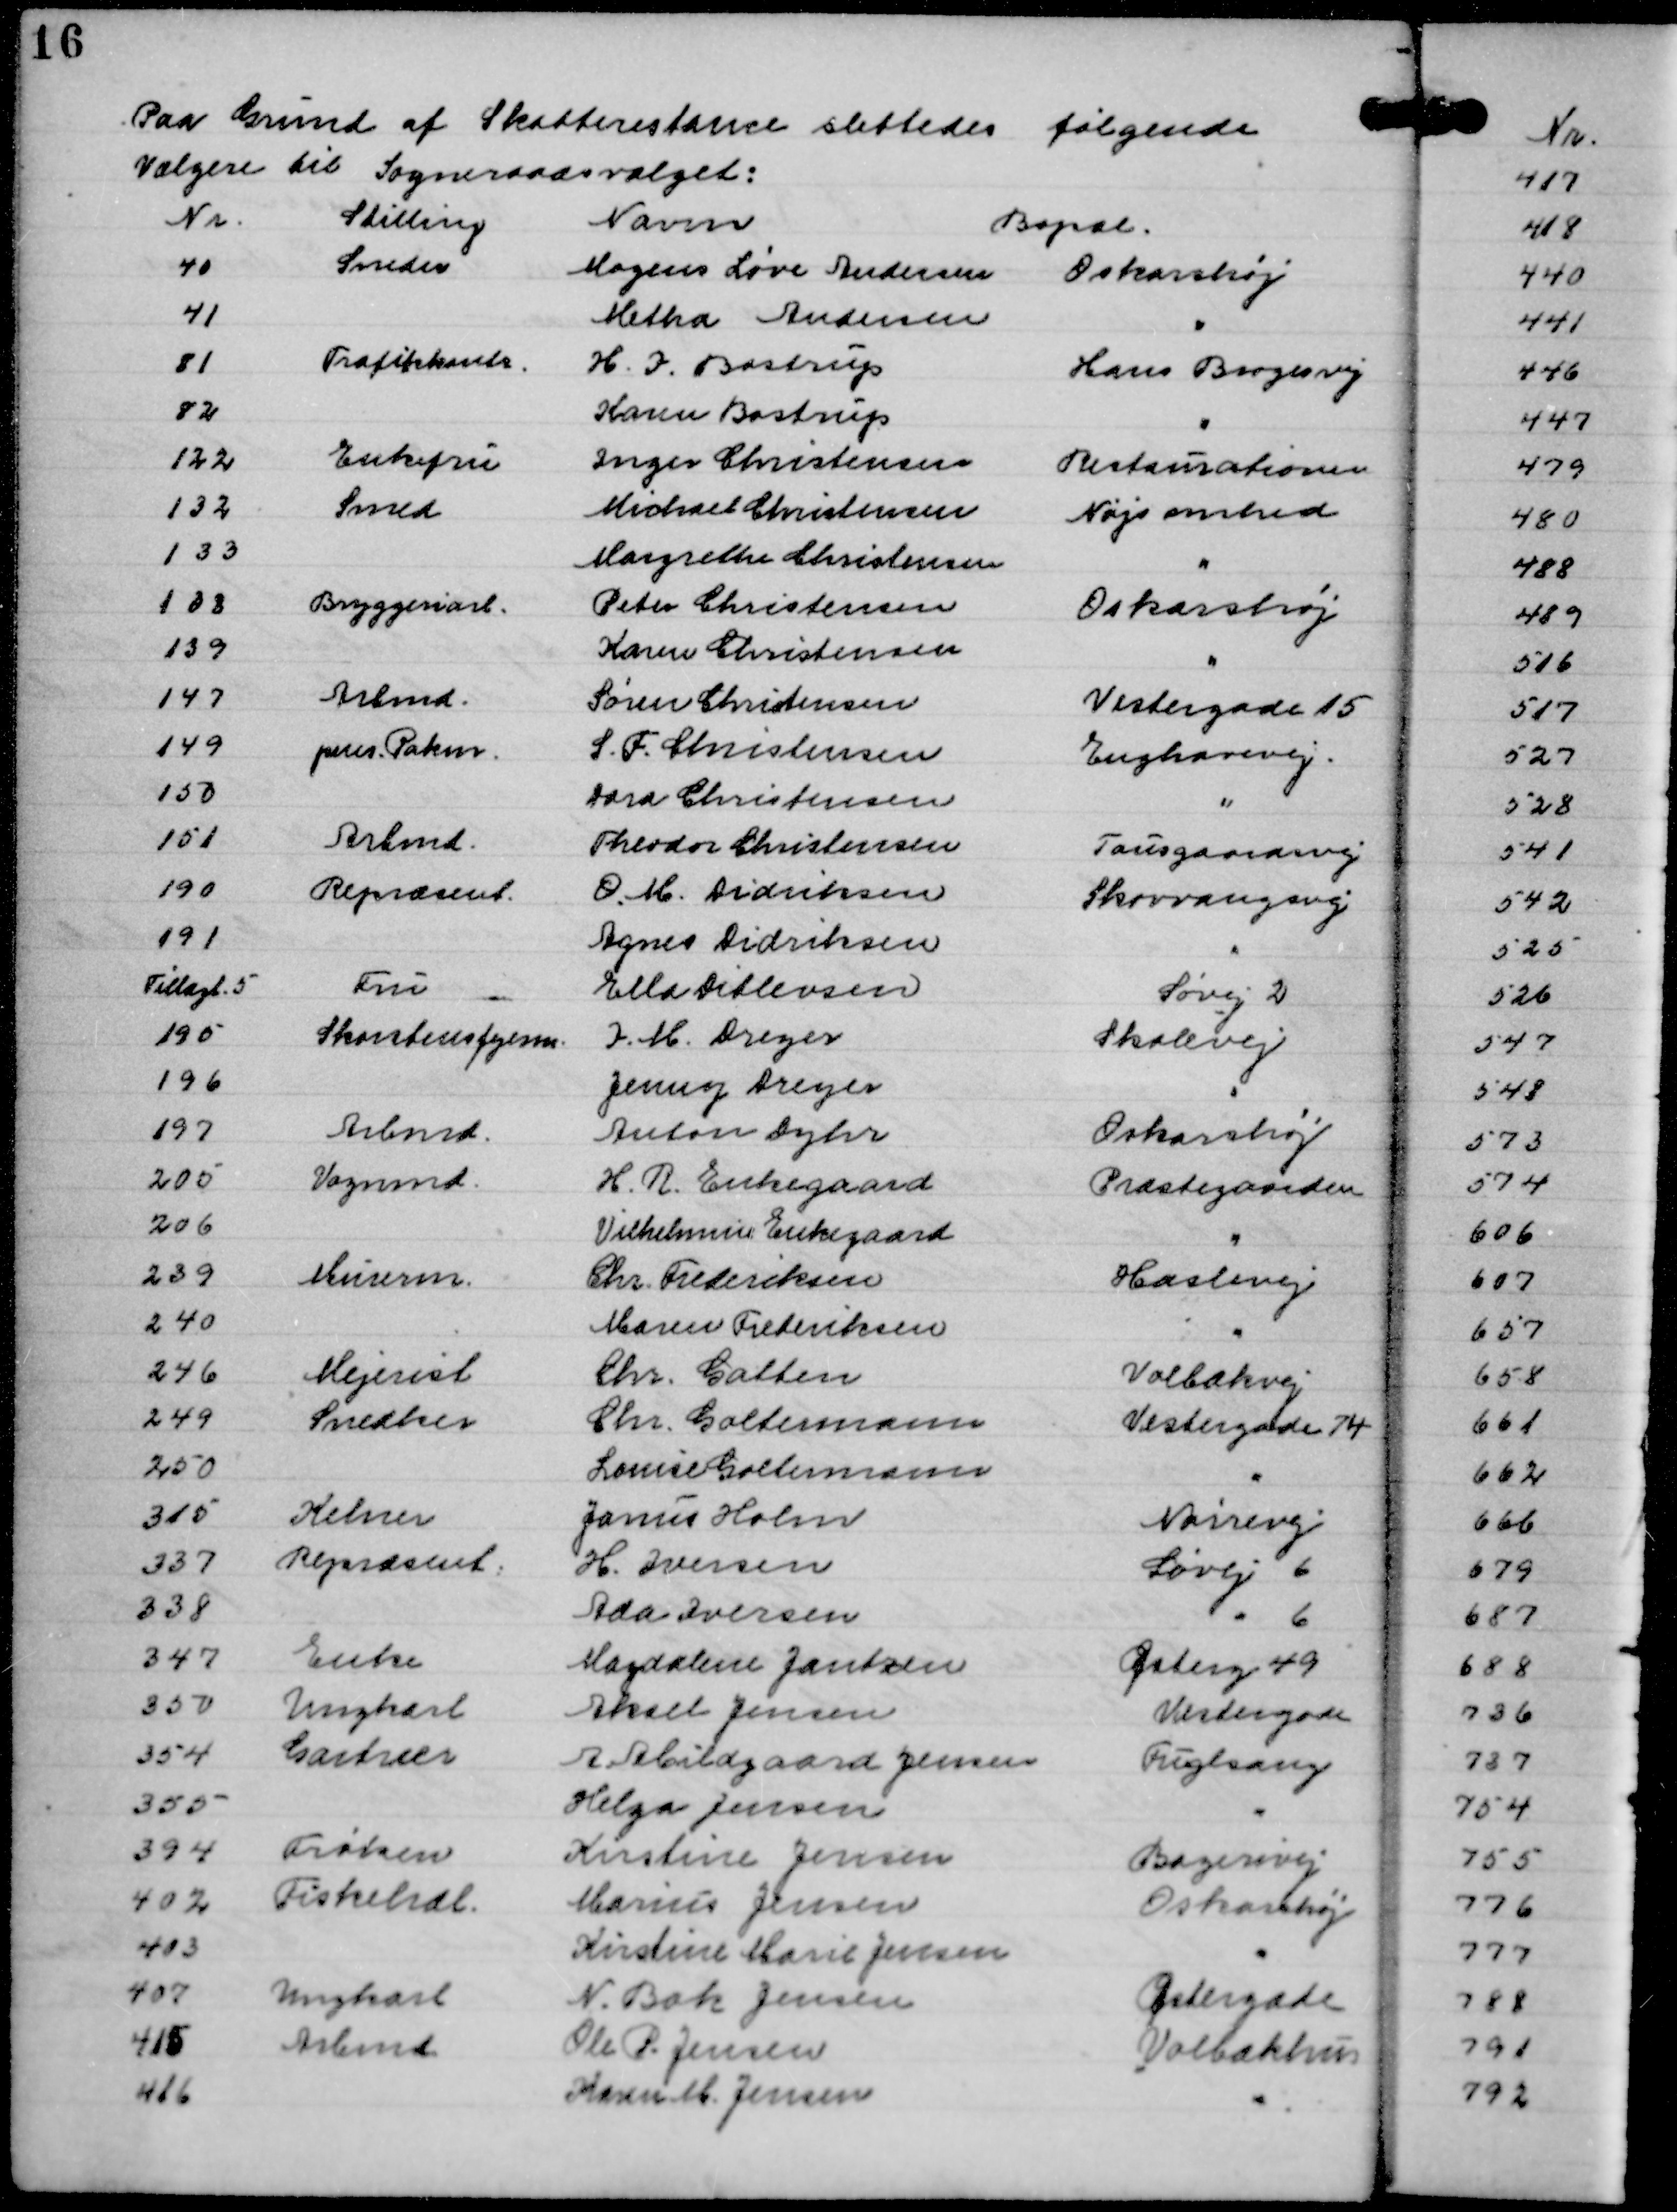
Transskription:
Paa Grund af Skatterestance slettedes følgende
Vælgere til Sogneraadsvalget:
Nr.
Stilling
Navn
Bopæl.
40
Sneder
Mogens Løve Andersen
Oskarshøj
41
Metha Andersen
"
81
Trafikkontr.
H. I. Bastrup
Hans Brogesvej
82
Karen Bastrup
"
122
Enkefru
Inger Christensen
Restaurationen
132
Smed
Michael Christensen
Nøjsomhed
133
Margrethe Christensen
"
138
Bryggeriarb.
Peter Christensen
Oskarshøj
139
Karen Christensen
"
147
Arbmd.
Søren Christensen
Vestergade 15
149
pens. Pakm.
S. F. Christensen
Enghavevej.
150
Dora Christensen
"
151
Arbmd.
Theodor Christensen
Tausgaardsvej
190
Repræsent.
O. M. Didriksen
Skovvangsvej
191
Agnes Didriksen
"
Tillagt. 5
Fru
Ella Ditlevsen
Søvej 2
195
Skorstensfejerm.
I. M. Dreyer
Skolevej
196
Jenny Dreyer
"
197
Arbmd.
Anton Dyhr
Oskarshøj
205
Vognmd.
H. R. Enkegaard
Præstegaarden
206
Vilhelmine Enkegaard
"
239
Murerm.
Chr. Frederiksen
Haslevej
240
Maren Frederiksen
"
246
Mejerist
Chr. Galten
Volbækvej
249
Snedker
Chr. Goltermann
Vestergade 74
250
Louise Goltermann
"
315
Kelner
Janus Holm
Nørrevej
337
Repræsent.
H. Iversen
Søvej 6
338
Ada Iversen
" 6
347
Enke
Magdalene Jantzen
Østerg 49
350
Ungkarl
Aksel Jensen
Vestergade
354
Gartner
A Abildgaard Jensen
Fuglsang
355
Helga Jensen
"
394
Frøken
Kirstine Jensen
Bagerivej
402
Fiskehdl.
Marius Jensen
Oskarshøj
403
Kirstine Marie Jensen
"
407
Ungkarl
N. Bak Jensen
Østergade
415
Arbmd
Ole P. Jensen
Volbækhus
416
Karen M. Jensen
"